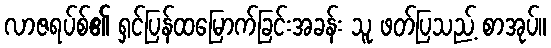
လာဇရပ်စ်၏ ရှင်ပြန်ထမြောက်ခြင်းအခန်း သူ ဖတ်ပြသည့် စာအုပ်။